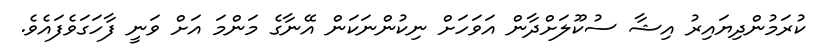
ކުރަމުންދިޔައިރު އިޝާ ސުކޫލަށްދާން އަވަހަށް ނިކުންނަކަން އޭނާގެ މަންމަ އަށް ވަނީ ފާހަގަވެފައެވެ.